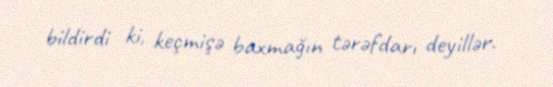
bildirdi ki, keçmişə baxmağın tərəfdarı deyillər.